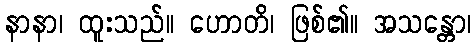
နာနာ၊ ထူးသည်။ ဟောတိ၊ ဖြစ်၏။ အသန္တော၊